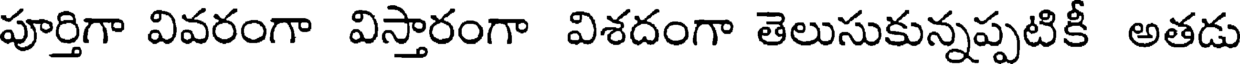
పూర్తిగా వివరంగా విస్తారంగా విశదంగా తెలుసుకున్నప్పటికీ అతడు